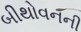
બીથોવનની